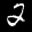
Label: 2